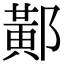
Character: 𨝴